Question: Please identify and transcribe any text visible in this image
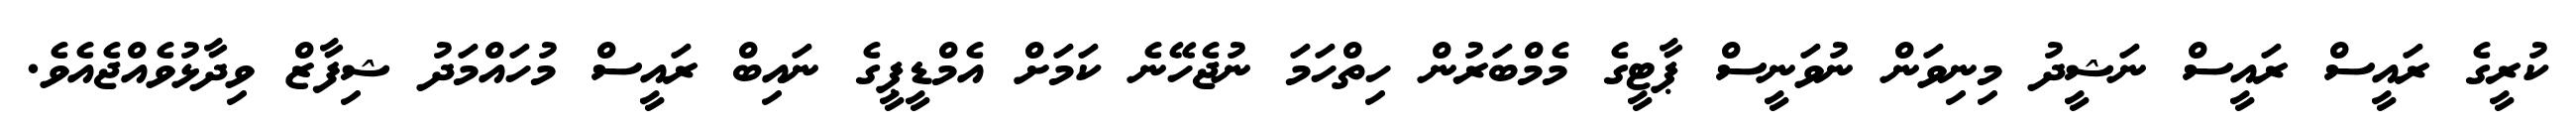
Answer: ކުރީގެ ރައީސް ރައީސް ނަޝީދު މިނިވަން ނުވަނީސް ޕާޓީގެ މެމްބަރުން ހިތްހަމަ ނުޖެހޭނެ ކަމަށް އެމްޑީޕީގެ ނައިބް ރައީސް މުހައްމަދު ޝިފާޒް ވިދާޅުވެއްޖެއެވެ.